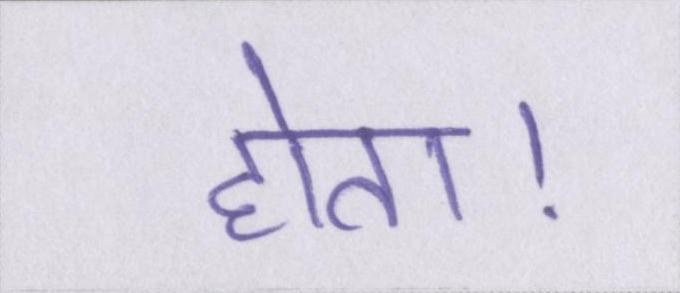
होता।